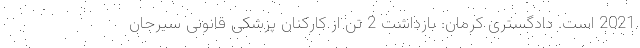
2021 است. دادگستری کرمان: بازداشت 2 تن از کارکنان پزشکی قانونی سیرجان